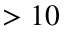
> 1 0